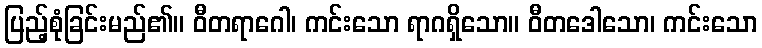
ပြည့်စုံခြင်းမည်၏။ ဝီတရာဂေါ၊ ကင်းသော ရာဂရှိသော။ ဝီတဒေါသော၊ ကင်းသော